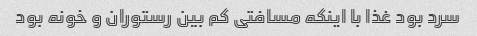
سرد بود غذا با اینکه مسافتی کم بین رستوران و خونه بود